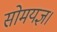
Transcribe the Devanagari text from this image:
सोमयज्ञ।